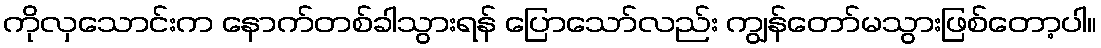
ကိုလှသောင်းက နောက်တစ်ခါသွားရန် ပြောသော်လည်း ကျွန်တော်မသွားဖြစ်တော့ပါ။